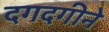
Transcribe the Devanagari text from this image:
दगदगीने